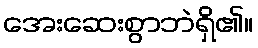
အေးဆေးစွာဘဲရှိ၏။